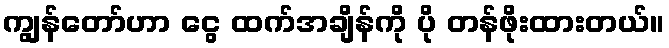
ကျွန်တော်ဟာ ငွေ ထက်အချိန်ကို ပို တန်ဖိုးထားတယ်။